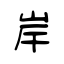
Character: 岸